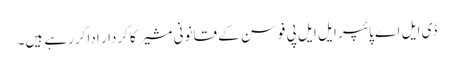
ڈی ایل اے پائپر ایل ایل پی فوسن کے قانونی مشیر کا کردار ادا کررہے ہیں۔